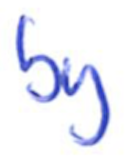
Text: by
Cross-out: clean
Writing tool: ballpoint